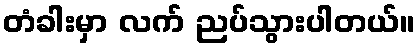
တံခါးမှာ လက် ညပ်သွားပါတယ်။